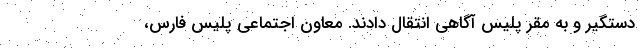
دستگیر و به مقر پلیس آگاهی انتقال دادند. معاون اجتماعی پلیس فارس،